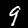
Label: 9